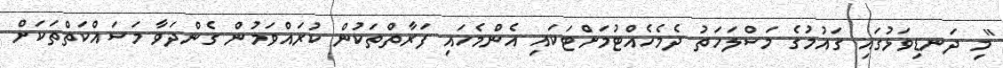
"މި ދަނޑިވަޅުގައި ގައުމުގެ މަސްލަހަތު ދެމެހެއްޓުމަށްޓަކައި އެންމެހައި ފަރާތްތަކުން ކުރައްވަމުން ގެންދަވާ މަސައްކަތްތަކަށް